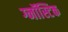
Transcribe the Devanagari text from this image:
ग्नॉस्टिक